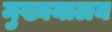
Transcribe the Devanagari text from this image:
मुख्ययालय